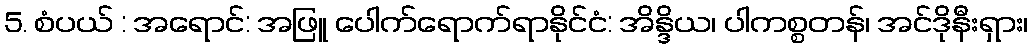
5. စံပယ် : အရောင်: အဖြူ ပေါက်ရောက်ရာနိုင်ငံ: အိန္ဒိယ၊ ပါကစ္စတန်၊ အင်ဒိုနီးရှား၊